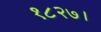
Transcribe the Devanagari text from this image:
१८२७।